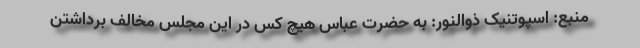
منبع: اسپوتنیک ذوالنور: به حضرت عباس هیچ کس در این مجلس مخالف برداشتن